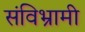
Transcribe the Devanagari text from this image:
संविभ्रामी